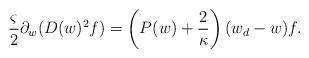
LaTeX: \begin{align*}&\frac{\varsigma}{2}\partial_w(D(w)^2f)=\left(P(w)+\frac{2}{\kappa}\right)(w_d-w)f.\end{align*}